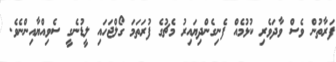
ފަރާތުން ވެސް ވާދަވެރި ކުޅުމެއް ފެނިގެންދިޔައިރު މެޗުގެ ފުރަތަމަ ގޯލްޖަހައި ލީޑުނެގީ ސެވިއްޔާއިންނެވެ.